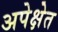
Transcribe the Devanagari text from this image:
अपेक्षेत